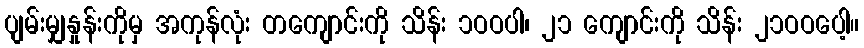
ပျမ်းမျှနှုန်းကိုမှ အကုန်လုံး တကျောင်းကို သိန်း ၁ဝဝပါ၊ ၂၁ ကျောင်းကို သိန်း ၂၁ဝဝပေါ့။